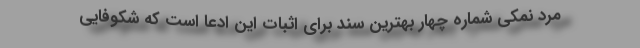
مرد نمکی شماره چهار بهترین سند برای اثبات این ادعا است که شکوفایی